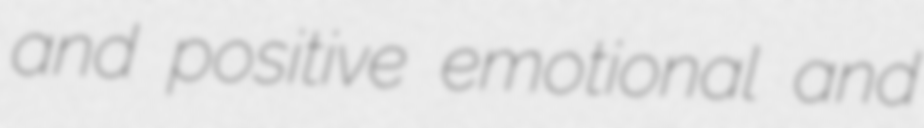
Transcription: and positive emotional and